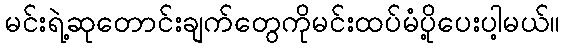
မင်းရဲ့ဆုတောင်းချက်တွေကိုမင်းထပ်မံပို့ပေးပါ့မယ်။